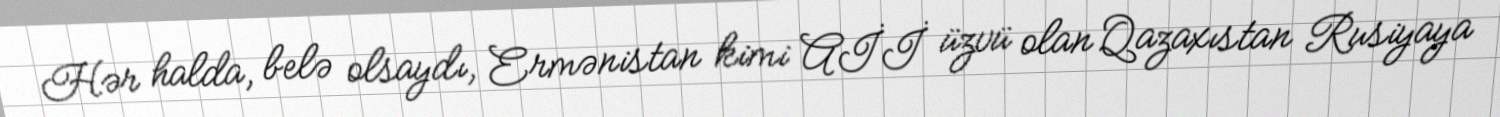
Hər halda, belə olsaydı, Ermənistan kimi Aİİ üzvü olan Qazaxıstan Rusiyaya